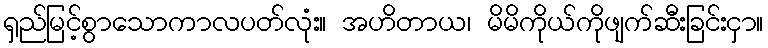
ရှည်မြင့်စွာသောကာလပတ်လုံး။ အဟိတာယ၊ မိမိကိုယ်ကိုဖျက်ဆီးခြင်းငှာ။